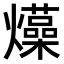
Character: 𤒶